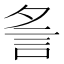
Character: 𧥧